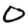
Digit: 0